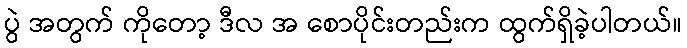
ပွဲ အတွက် ကိုတော့ ဒီလ အ စောပိုင်းတည်းက ထွက်ရှိခဲ့ပါတယ်။